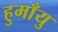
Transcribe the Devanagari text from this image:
हुमाँयु